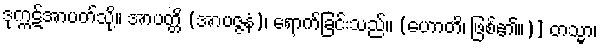
ဒုက္ကဋ်အာပတ်သို့။ အာပတ္တိ (အာပဇ္ဇနံ)၊ ရောက်ခြင်းသည်။ (ဟောတိ၊ ဖြစ်၏။)] တသ္မာ၊